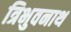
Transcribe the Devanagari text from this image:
त्रिभुवनाथ